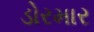
ડોરમાર